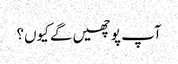
آپ پوچھیں گے کیوں؟